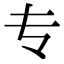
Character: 专